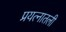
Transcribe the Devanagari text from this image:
प्रयत्नातली